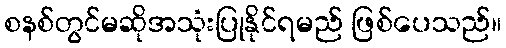
စနစ်တွင်မဆိုအသုံးပြုနိုင်ရမည် ဖြစ်ပေသည်။